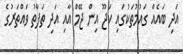
އަދި ބައެއް ގައުމުތަކުގައި ކަޖޫ އިން ޖޭމް އާއި އަދި ތަފާތު ވައްތަރުގެ